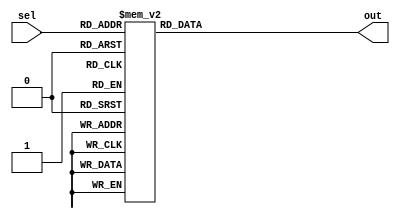
module demux_8(sel, out);  // 8-output decoder

	output reg [7:0] out;
	input  [2:0] sel;
	
	always@(sel) begin
		case(sel)
			0: out = 8'b00000001;
			1: out = 8'b00000010;
			2: out = 8'b00000100;
			3: out = 8'b00001000;
			4: out = 8'b00010000;
			5: out = 8'b00100000;
			6: out = 8'b01000000;
			7: out = 8'b10000000;
		endcase
	end
	
endmodule